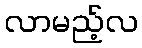
လာမည့်လ